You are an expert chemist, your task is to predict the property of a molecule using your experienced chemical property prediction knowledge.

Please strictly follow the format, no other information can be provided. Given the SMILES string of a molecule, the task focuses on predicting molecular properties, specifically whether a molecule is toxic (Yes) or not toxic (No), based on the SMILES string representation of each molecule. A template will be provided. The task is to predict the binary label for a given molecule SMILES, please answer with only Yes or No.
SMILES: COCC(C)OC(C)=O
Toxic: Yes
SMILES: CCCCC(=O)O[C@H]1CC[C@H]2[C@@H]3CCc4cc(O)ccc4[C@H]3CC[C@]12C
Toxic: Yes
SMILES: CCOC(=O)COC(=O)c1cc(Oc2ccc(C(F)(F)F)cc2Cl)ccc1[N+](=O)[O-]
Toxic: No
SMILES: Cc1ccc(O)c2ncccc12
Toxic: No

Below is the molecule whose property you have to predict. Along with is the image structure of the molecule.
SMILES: CC(=O)O[C@H]1C[C@@H]2CC[C@@H]3[C@H](CC[C@@]4(C)[C@H]3C[C@H]([N+]3(C)CCCCC3)[C@@H]4OC(C)=O)[C@@]2(C)C[C@@H]1[N+]1(C)CCCCC1
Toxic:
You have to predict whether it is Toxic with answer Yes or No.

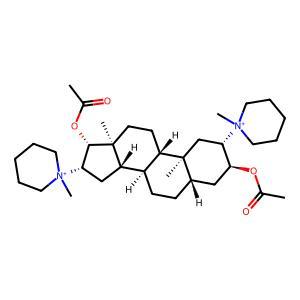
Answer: No